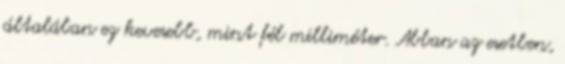
általában ez kevesebb, mint fél milliméter. Abban az esetben,